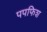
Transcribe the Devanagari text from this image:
पपफिश